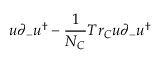
u \partial _ { - } u ^ { \dagger } - { \frac { 1 } { N _ { C } } } T r _ { C } u \partial _ { - } u ^ { \dagger }